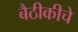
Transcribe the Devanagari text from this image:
बैठीकीचे